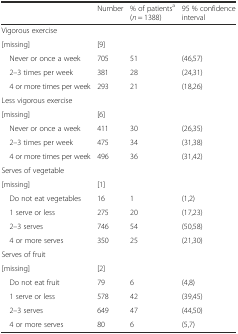
|  | Number | % of patientsa (n = 1388) | 95 % confidence interval |
 | --- | --- | --- | --- |
 | Vigorous exercise |  |  |  |
 | [missing] | [9] |  |  |
 | Never or once a week | 705 | 51 | (46,57) |
 | 2–3 times per week | 381 | 28 | (24,31) |
 | 4 or more times per week | 293 | 21 | (18,26) |
 | Less vigorous exercise |  |  |  |
 | [missing] | [6] |  |  |
 | Never or once a week | 411 | 30 | (26,35) |
 | 2–3 times per week | 475 | 34 | (31,38) |
 | 4 or more times per week | 496 | 36 | (31,42) |
 | Serves of vegetable |  |  |  |
 | [missing] | [1] |  |  |
 | Do not eat vegetables | 16 | 1 | (1,2) |
 | 1 serve or less | 275 | 20 | (17,23) |
 | 2–3 serves | 746 | 54 | (50,58) |
 | 4 or more serves | 350 | 25 | (21,30) |
 | Serves of fruit |  |  |  |
 | [missing] | [2] |  |  |
 | Do not eat fruit | 79 | 6 | (4,8) |
 | 1 serve or less | 578 | 42 | (39,45) |
 | 2–3 serves | 649 | 47 | (44,50) |
 | 4 or more serves | 80 | 6 | (5,7) |